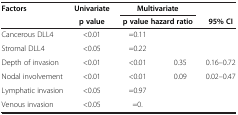
<table><thead><tr><td><b>Factors</b></td><td><b>Univariate</b></td><td colspan="2"><b>Multivariate</b></td><td><b> </b></td></tr><tr><td><b> </b></td><td><b>p value</b></td><td colspan="2"><b>p value hazard ratio</b></td><td><b>95% CI</b></td></tr></thead><tbody><tr><td>Cancerous DLL4</td><td>&lt;0.01</td><td>=0.11</td><td> </td><td> </td></tr><tr><td>Stromal DLL4</td><td>&lt;0.05</td><td>=0.22</td><td> </td><td> </td></tr><tr><td>Depth of invasion</td><td>&lt;0.01</td><td>&lt;0.01</td><td>0.35</td><td>0.16–0.72</td></tr><tr><td>Nodal involvement</td><td>&lt;0.01</td><td>&lt;0.01</td><td>0.09 </td><td>0.02–0.47</td></tr><tr><td>Lymphatic invasion</td><td>&lt;0.05</td><td>=0.97</td><td> </td><td> </td></tr><tr><td>Venous invasion</td><td>&lt;0.05</td><td>=0.</td><td> </td><td> </td></tr></tbody></table>